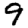
Digit: 9